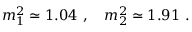
m _ { 1 } ^ { 2 } \simeq 1 . 0 4 \ , \quad m _ { 2 } ^ { 2 } \simeq 1 . 9 1 \ .